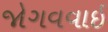
જોગવવાઈ